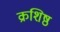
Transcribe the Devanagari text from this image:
क्रशिष्ठ